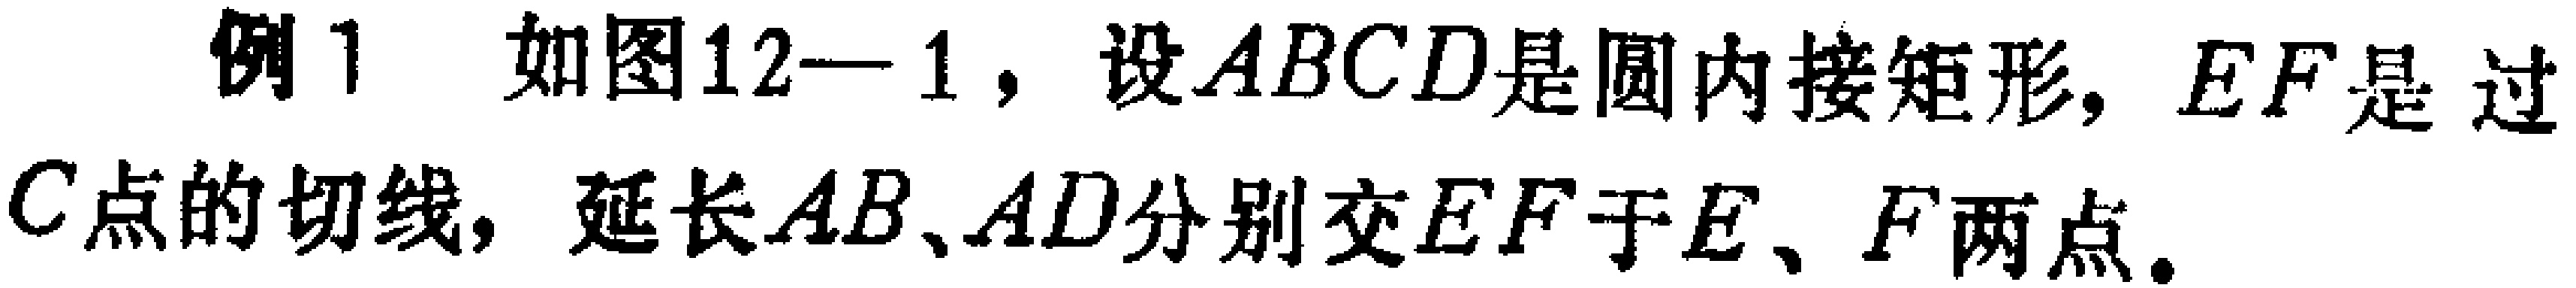
例1 如图12—1，设\(ABCD\)是圆内接矩形，\(EF\)是过\(C\)点的切线，延长\(AB、AD\)分别交\(EF\)于\(E、F\)两点。